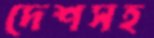
দেশসহ